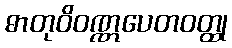
ဓာတုဝိဝဏ္ဏပေတဝတ္ထု